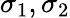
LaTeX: \sigma_{1},\sigma_{2}